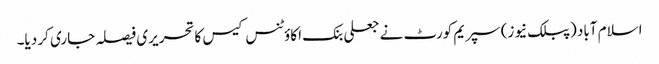
اسلام آباد (پبلک نیوز) سپریم کورٹ نے جعلی بنک اکاؤٹنس کیس کا تحریری فیصلہ جاری کر دیا۔